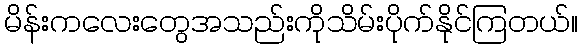
မိန်းကလေးတွေအသည်းကိုသိမ်းပိုက်နိုင်ကြတယ်။